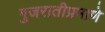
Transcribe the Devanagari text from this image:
गुजरातीप्रमाणे